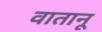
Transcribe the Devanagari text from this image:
वातानू